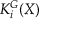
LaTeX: K _ { i } ^ { G } ( X )